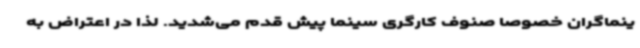
ینماگران خصوصا صنوف کارگری سینما پیش قدم می‌شدید. لذا در اعتراض به